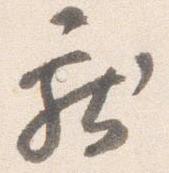
献